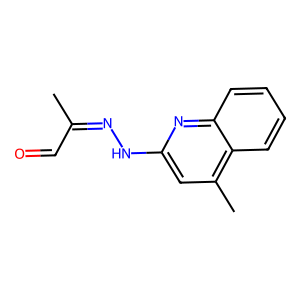
SMILES: CC(C=O)=NNc1cc(C)c2ccccc2n1
Inhibits HIV replication: No